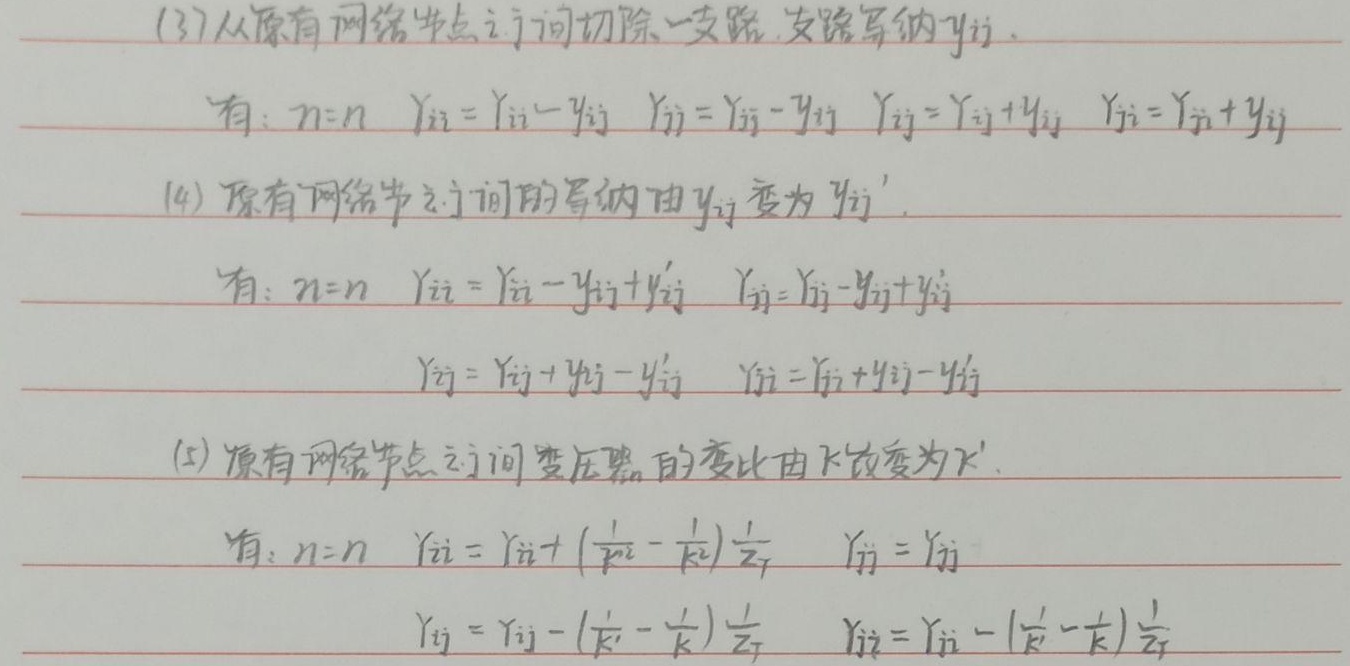
(3) 从原有网络节点 \(i - j\) 间切除一支路，支路导纳 \(y_{ij}\)。有：
\(n = n\)，\(Y_{ii}=Y_{ii}-y_{ij}\)，\(Y_{jj}=Y_{jj}-y_{ij}\)，\(Y_{ij}=Y_{ij}+y_{ij}\)，\(Y_{ji}=Y_{ji}+y_{ij}\)

(4) 原有网络节点之间的导纳由 \(y_{ij}\) 变为 \(y_{ij}'\)。有：
\(n = n\)，\(Y_{ii}=Y_{ii}-y_{ij}+y_{ij}'\)，\(Y_{jj}=Y_{jj}-y_{ij}+y_{ij}'\)，\(Y_{ij}=Y_{ij}+y_{ij}-y_{ij}'\)，\(Y_{ji}=Y_{ji}+y_{ij}-y_{ij}'\)

(5) 原有网络节点之间变压器的变比由 \(k\) 改变为 \(k'\)。有：
\(n = n\)，\(Y_{ii}=Y_{ii}+(\frac{1}{k'^{2}}-\frac{1}{k^{2}})\frac{1}{z_{T}}\)，\(Y_{jj}=Y_{jj}\)，\(Y_{ij}=Y_{ij}-(\frac{1}{k'}-\frac{1}{k})\frac{1}{z_{T}}\)，\(Y_{ji}=Y_{ji}-(\frac{1}{k'}-\frac{1}{k})\frac{1}{z_{T}}\)